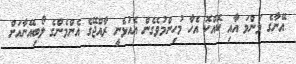
އޭނާގެ މަންމަ އާއި ކޮއްކޮ އެހާ މުހިންމުވެގެން އެއުޅެނީ ރާއްޖޭގެ އެންމެންގެ ލޯބިއޭނާއަށް